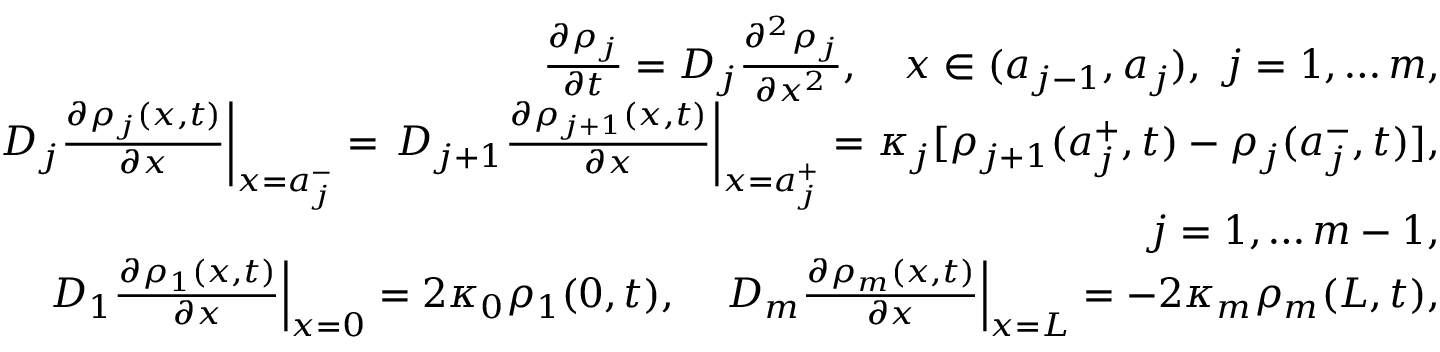
\begin{array} { r l r } & { } & { \frac { \partial \rho _ { j } } { \partial t } = D _ { j } \frac { \partial ^ { 2 } \rho _ { j } } { \partial x ^ { 2 } } , \quad x \in ( a _ { j - 1 } , a _ { j } ) , \ j = 1 , \ldots m , } \\ & { } & { \left. D _ { j } \frac { \partial \rho _ { j } ( x , t ) } { \partial x } \right| _ { x = a _ { j } ^ { - } } = \left. D _ { j + 1 } \frac { \partial \rho _ { j + 1 } ( x , t ) } { \partial x } \right| _ { x = a _ { j } ^ { + } } = \kappa _ { j } [ \rho _ { j + 1 } ( a _ { j } ^ { + } , t ) - \rho _ { j } ( a _ { j } ^ { - } , t ) ] , } \\ & { } & { j = 1 , \ldots m - 1 , } \\ & { } & { \left. D _ { 1 } \frac { \partial \rho _ { 1 } ( x , t ) } { \partial x } \right| _ { x = 0 } = 2 \kappa _ { 0 } \rho _ { 1 } ( 0 , t ) , \quad \left. D _ { m } \frac { \partial \rho _ { m } ( x , t ) } { \partial x } \right| _ { x = L } = - 2 \kappa _ { m } \rho _ { m } ( L , t ) , } \end{array}